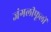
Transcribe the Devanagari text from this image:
जंगलीफूलों